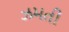
ઝમતી